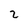
Character: 2